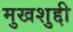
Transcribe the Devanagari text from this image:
मुखशुद्दी